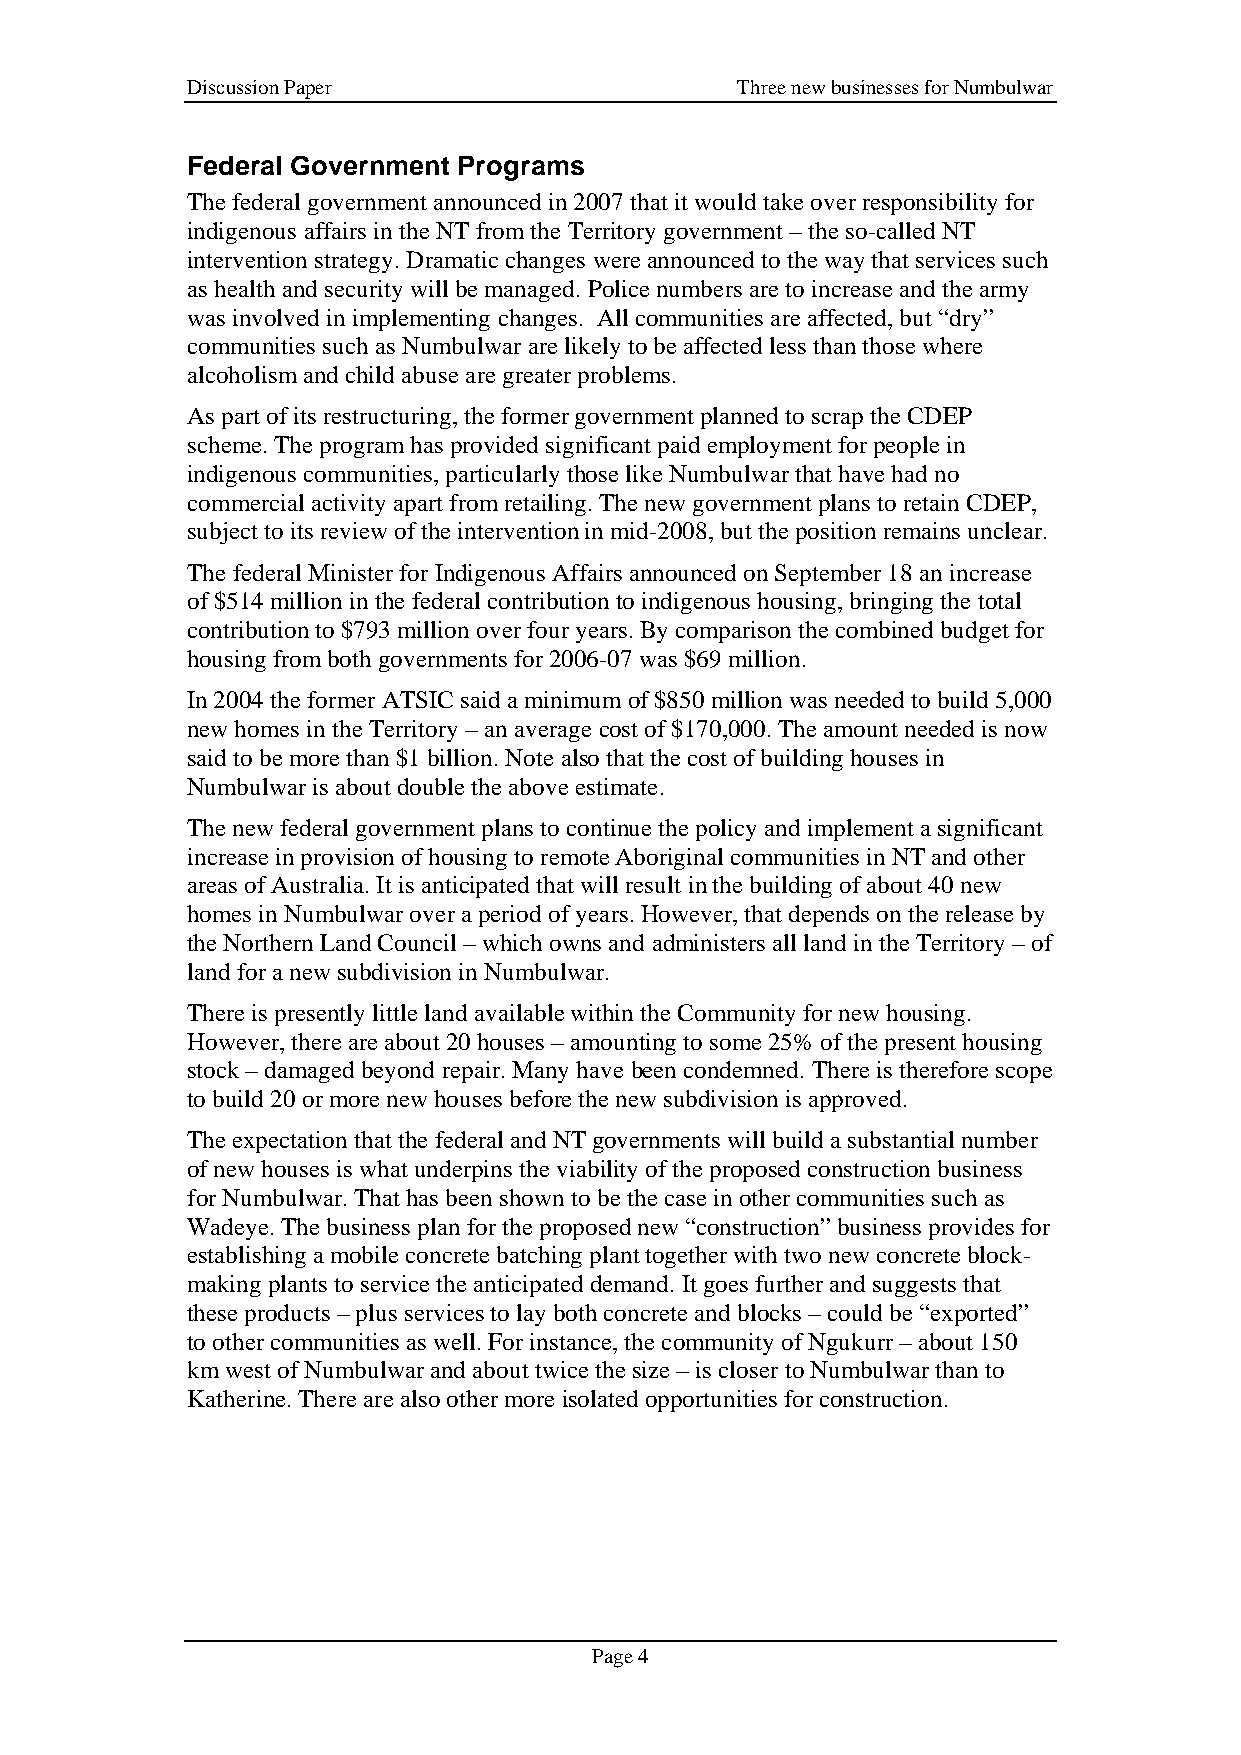
Discussion Paper                     Three new businesses for Numbulwar
 Federal Government Programs
 The federal government announced in 2007 that it would take over responsibility for
 indigenous affairs in the NT from the Territory government – the so-called NT
 intervention strategy. Dramatic changes were announced to the way that services such
 as health and security will be managed. Police numbers are to increase and the army
 was involved in implementing changes. All communities are affected, but “dry”
 communities such as Numbulwar are likely to be affected less than those where
 alcoholism and child abuse are greater problems.
 As part of its restructuring, the former government planned to scrap the CDEP
 scheme. The program has provided significant paid employment for people in
 indigenous communities, particularly those like Numbulwar that have had no
 commercial activity apart from retailing. The new government plans to retain CDEP,
 subject to its review of the intervention in mid-2008, but the position remains unclear.
 The federal Minister for Indigenous Affairs announced on September 18 an increase
 of $514 million in the federal contribution to indigenous housing, bringing the total
 contribution to $793 million over four years. By comparison the combined budget for
 housing from both governments for 2006-07 was $69 million.
 In 2004 the former ATSIC said a minimum of $850 million was needed to build 5,000
 new homes in the Territory – an average cost of $170,000. The amount needed is now
 said to be more than $1 billion. Note also that the cost of building houses in
 Numbulwar is about double the above estimate.
 The new federal government plans to continue the policy and implement a significant
 increase in provision of housing to remote Aboriginal communities in NT and other
 areas of Australia. It is anticipated that will result in the building of about 40 new
 homes in Numbulwar over a period of years. However, that depends on the release by
 the Northern Land Council – which owns and administers all land in the Territory – of
 land for a new subdivision in Numbulwar.
 There is presently little land available within the Community for new housing.
 However, there are about 20 houses – amounting to some 25% of the present housing
 stock – damaged beyond repair. Many have been condemned. There is therefore scope
 to build 20 or more new houses before the new subdivision is approved.
 The expectation that the federal and NT governments will build a substantial number
 of new houses is what underpins the viability of the proposed construction business
 for Numbulwar. That has been shown to be the case in other communities such as
 Wadeye. The business plan for the proposed new “construction” business provides for
 establishing a mobile concrete batching plant together with two new concrete block-
 making plants to service the anticipated demand. It goes further and suggests that
 these products – plus services to lay both concrete and blocks – could be “exported”
 to other communities as well. For instance, the community of Ngukurr – about 150
 km west of Numbulwar and about twice the size – is closer to Numbulwar than to
 Katherine. There are also other more isolated opportunities for construction.
 Page 4